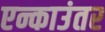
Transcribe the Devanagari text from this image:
एन्काउंतर